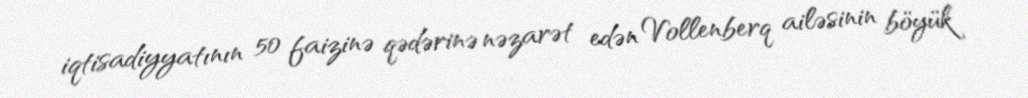
iqtisadiyyatının 50 faizinə qədərinə nəzarət edən Vollenberq ailəsinin böyük